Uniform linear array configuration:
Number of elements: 64
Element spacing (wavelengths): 0.25
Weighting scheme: hann
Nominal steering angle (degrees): -45
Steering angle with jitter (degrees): -45.2
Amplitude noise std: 0.05
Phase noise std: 0.05

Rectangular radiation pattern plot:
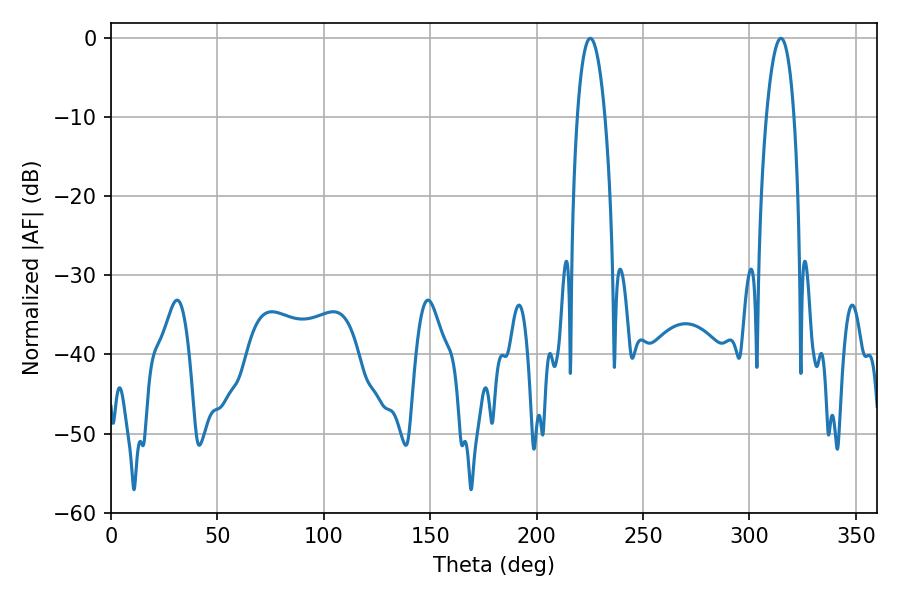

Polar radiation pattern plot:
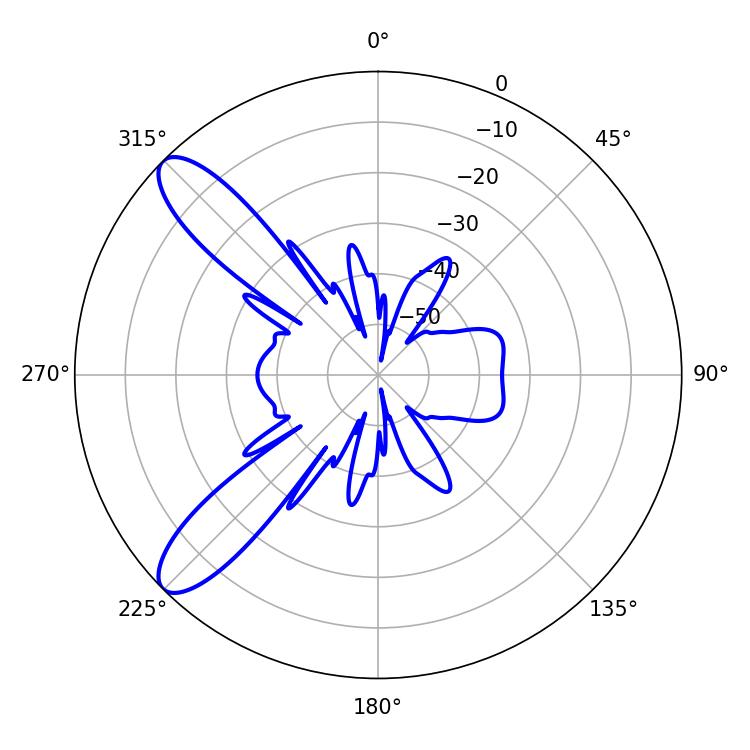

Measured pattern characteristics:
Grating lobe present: FALSE
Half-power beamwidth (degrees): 7.2
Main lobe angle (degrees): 225.18